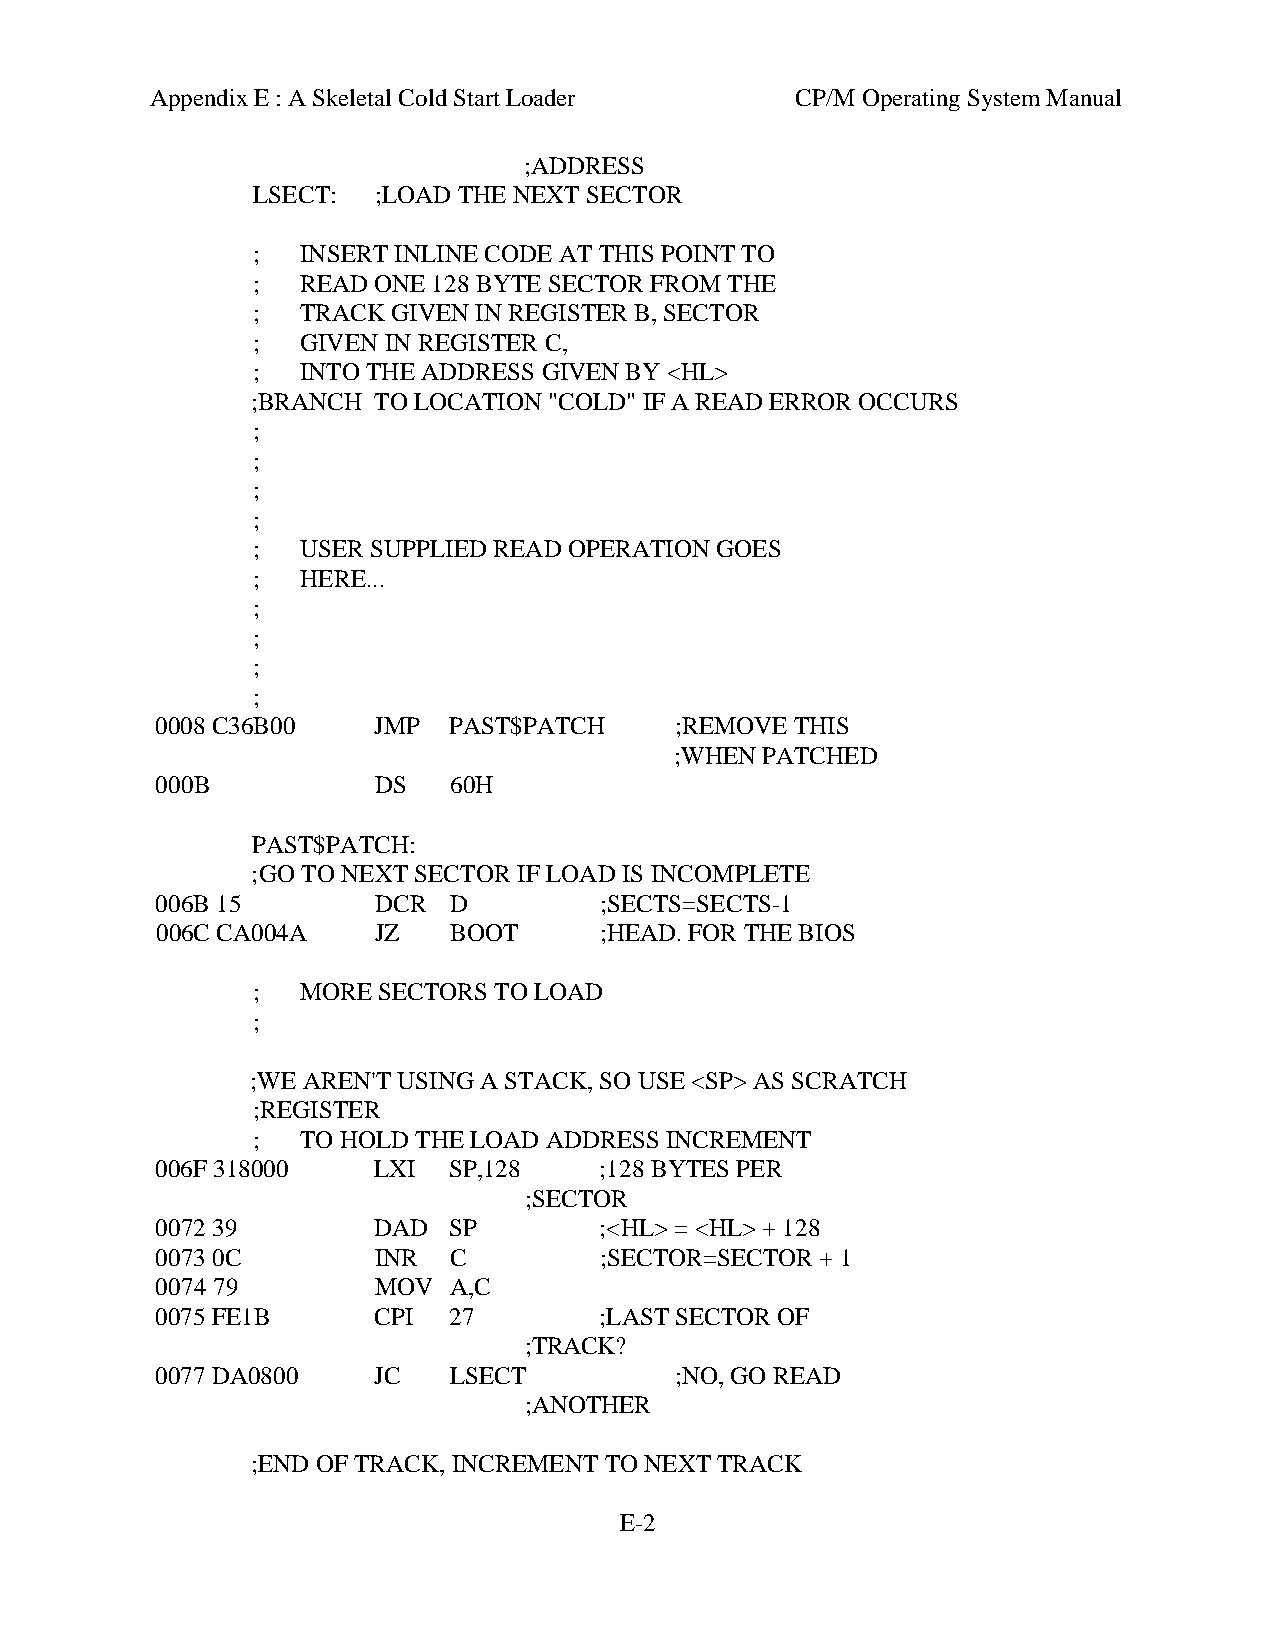
Appendix E : A Skeletal Cold Start Loader  CP/M Operating System Manual
 ;ADDRESS
 LSECT:  ;LOAD THE NEXT SECTOR
 ;  INSERT INLINE CODE AT THIS POINT TO
 ;  READ ONE 128 BYTE SECTOR FROM THE
 ;  TRACK GIVEN IN REGISTER B, SECTOR
 ;  GIVEN IN REGISTER C,
 ;  INTO THE ADDRESS GIVEN BY <HL>
 ;BRANCH TO LOCATION "COLD" IF A READ ERROR OCCURS
 ;
 ;
 ;
 ;
 ;  USER SUPPLIED READ OPERATION GOES
 ;  HERE...
 ;
 ;
 ;
 ;
 0008 C36B00    JMP  PAST$PATCH     ;REMOVE THIS
 ;WHEN PATCHED
 000B           DS   60H
 PAST$PATCH:
 ;GO TO NEXT SECTOR IF LOAD IS INCOMPLETE
 006B 15        DCR  D         ;SECTS=SECTS-1
 006C CA004A    JZ   BOOT      ;HEAD. FOR THE BIOS
 ;  MORE SECTORS TO LOAD
 ;
 ;WE AREN'T USING A STACK, SO USE <SP> AS SCRATCH
 ;REGISTER
 ;  TO HOLD THE LOAD ADDRESS INCREMENT
 006F 318000    LXI  SP,128    ;128 BYTES PER
 ;SECTOR
 0072 39        DAD  SP        ;<HL> = <HL> + 128
 0073 0C        INR  C         ;SECTOR=SECTOR + 1
 0074 79        MOV  A,C
 0075 FE1B      CPI  27        ;LAST SECTOR OF
 ;TRACK?
 0077 DA0800    JC   LSECT          ;NO, GO READ
 ;ANOTHER
 ;END OF TRACK, INCREMENT TO NEXT TRACK
 E-2